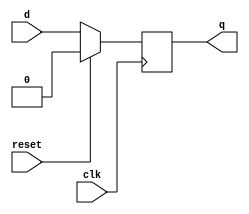
`timescale 1ns / 1ps
//////////////////////////////////////////////////////////////////////////////////
// Company: 
// Engineer: 
// 
// Design Name: 
// Module Name: DFLIPFLOP_SYC
// Project Name: 
// Target Devices: 
// Tool Versions: 
// Description: 
// 
// Dependencies: 
// 
// Revision:
// Revision 0.01 - File Created
// Additional Comments:
// 
//////////////////////////////////////////////////////////////////////////////////


module DFLIPFLOP_SYC(input clk, input d,input reset,output reg q);
always@(posedge clk) begin
if(reset)begin
   q<=1'b0;
end else begin
   q<=d;
   end 
end
endmodule